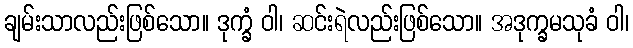
ချမ်းသာလည်းဖြစ်သော။ ဒုက္ခံ ဝါ၊ ဆင်းရဲလည်းဖြစ်သော။ အဒုက္ခမသုခံ ဝါ၊